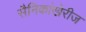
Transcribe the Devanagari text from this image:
सैनिकांखेरीज